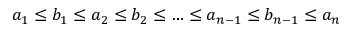
a _ { 1 } \leq b _ { 1 } \leq a _ { 2 } \leq b _ { 2 } \leq \ldots \leq a _ { n - 1 } \leq b _ { n - 1 } \leq a _ { n }